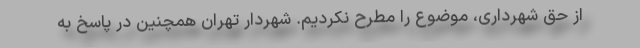
از حق شهرداری، موضوع را مطرح نکردیم. شهردار تهران همچنین در پاسخ به